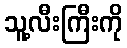
သူ့လီးကြီးကို